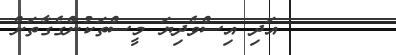
٦       އަދި އިސްވެދިޔަ މީސްތަކުންގެގާތަށް